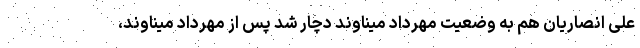
علی انصاریان هم به وضعیت مهرداد میناوند دچار شد پس از مهرداد میناوند،